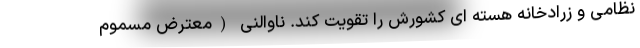
نظامی و زرادخانه هسته ای کشورش را تقویت کند. ناوالنی (معترض مسموم